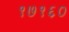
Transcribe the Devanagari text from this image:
१७१६०